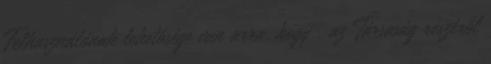
Felhasználónak lehetősége van arra, hogy · az Társaság részéről